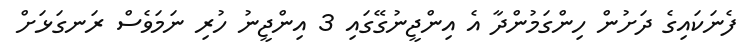
ފެނަކައިގެ ދަށުން ހިންގަމުންދާ އެ އިންޖީނުގޭގައި 3 އިންޖީނު ހުރި ނަމަވެސް ރަނގަޅަށް